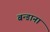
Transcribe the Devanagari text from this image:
बन्डाना